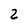
Character: 2